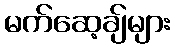
မက်ဆေ့ချ်များ